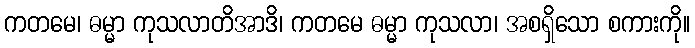
ကတမေ၊ ဓမ္မာ ကုသလာတိအာဒိ၊ ကတမေ ဓမ္မာ ကုသလာ၊ အစရှိသော စကားကို။